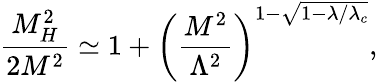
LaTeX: \frac{M_{H}^{2}}{2M^{2}}\simeq 1+\left(\frac{M^{2}}{\Lambda^{2}}\right)^{1-\sqrt{1-\lambda/\lambda_{c}}},